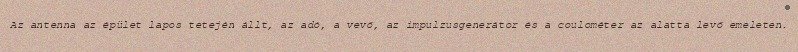
Az antenna az épület lapos tetején állt, az adó, a vevő, az impulzusgenerátor és a coulométer az alatta levő emeleten.